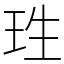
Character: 珄